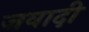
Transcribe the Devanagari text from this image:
जवादी